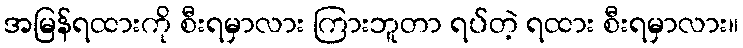
အမြန်ရထားကို စီးရမှာလား ကြားဘူတာ ရပ်တဲ့ ရထား စီးရမှာလား။